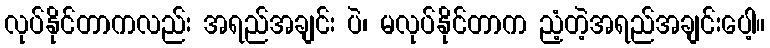
လုပ်နိုင်တာကလည်း အရည်အချင်း ပဲ၊ မလုပ်နိုင်တာက ညံ့တဲ့အရည်အချင်းပေါ့။